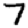
Digit: 7